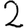
Digit: 2